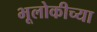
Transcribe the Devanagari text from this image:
भूलोकीच्या